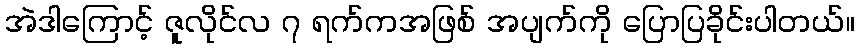
အဲဒါကြောင့် ဇူလိုင်လ ၇ ရက်ကအဖြစ် အပျက်ကို ပြောပြခိုင်းပါတယ်။